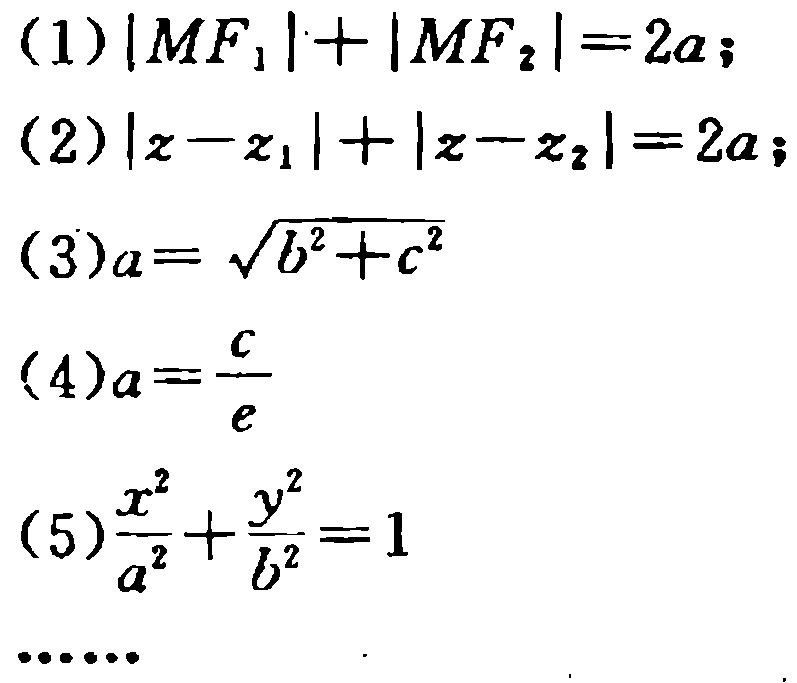
(1) \(|MF_{1}| + |MF_{2}| = 2a\);
(2) \(|z - z_{1}|+|z - z_{2}| = 2a\);
(3) \(a = \sqrt{b^{2}+c^{2}}\)
(4) \(a=\frac{c}{e}\)
(5) \(\frac{x^{2}}{a^{2}}+\frac{y^{2}}{b^{2}} = 1\)
......